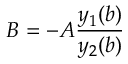
B = - A \frac { y _ { 1 } ( b ) } { y _ { 2 } ( b ) }